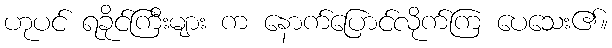
ဟုပင် ရခိုင်ကြီးများ က နောက်ပြောင်လိုက်ကြ ပေသေး၏။